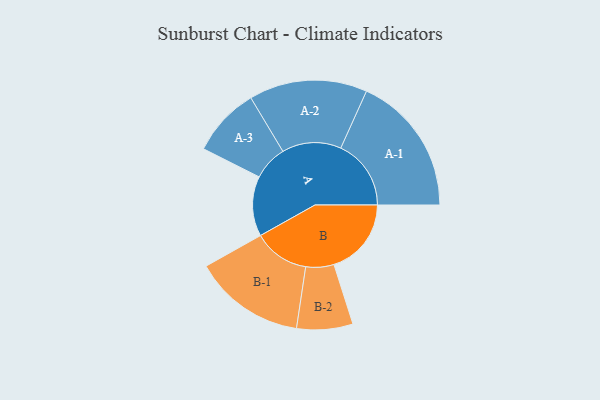
{"axis": {"x": "Segment", "y": "Value"}, "legend": ["", "A", "B"], "data": [{"x": "A", "y": 220, "type": ""}, {"x": "B", "y": 284, "type": ""}, {"x": "A-1", "y": 258, "type": "A"}, {"x": "A-2", "y": 217, "type": "A"}, {"x": "A-3", "y": 127, "type": "A"}, {"x": "B-1", "y": 205, "type": "B"}, {"x": "B-2", "y": 103, "type": "B"}]}